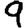
Digit: 9